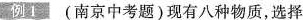
例1 (南京中考题)现有八种物质，选择